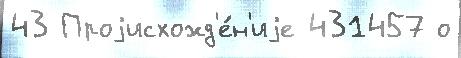
43 Проjисхожд'е́н'иjе 431457 о